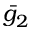
\bar { g } _ { 2 }